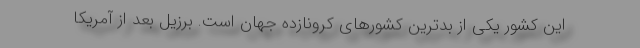
این کشور یکی از بدترین کشورهای کرونازده جهان است. برزیل بعد از آمریکا